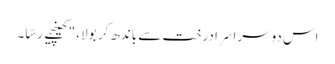
اس دوسرا سِرا درخت سے باندھ کر بولا، "کھینچیے رسّا۔